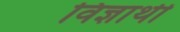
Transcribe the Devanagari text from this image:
विज्ञार्थी